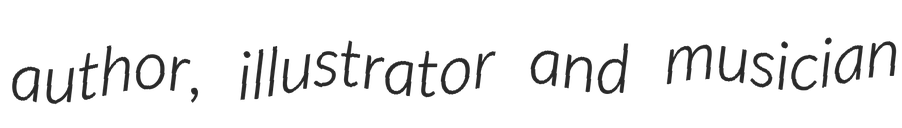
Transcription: author, illustrator and musician